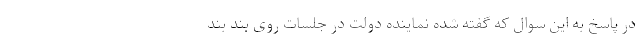
در پاسخ به این سوال که گفته شده نماینده دولت در جلسات روی بند بند